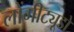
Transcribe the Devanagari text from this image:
लोंगीट्यूडों